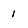
Character: 1